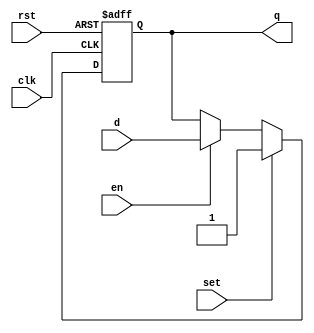
// This program was cloned from: https://github.com/VerticalResearchGroup/miaow
// License: BSD 3-Clause "New" or "Revised" License

module dff_set_en_rst(
   d,
   q,
   en,
   clk,
   set,
   rst );


   output q;
   input d;
   input en;
   input clk;
   input set;
   input rst;

   wire d_int;
   reg state;

   assign d_int = en ? d : state;

   assign q = state;

   always @(posedge clk or posedge rst)
   begin
      if(rst)
      state <= 0;
      else
      state <= set? 1 : d_int;
   end

`ifdef dump_flops
   always @(posedge gpu_tb.rst)
   begin
      if ($test$plusargs("dump_flops"))
      begin
         $display("%m.state");
      end
   end
`endif
endmodule